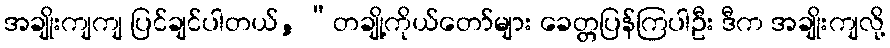
အချိုးကျကျ ပြင်ချင်ပါတယ်, “တချို့ကိုယ်တော်များ ခေတ္တပြန်ကြပါဦး ဒီက အချိုးကျလို့